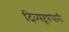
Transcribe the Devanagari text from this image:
दिव्यरूपधारी